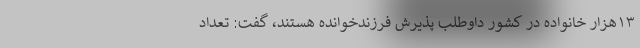
۱۳هزار خانواده در کشور داوطلب پذیرش فرزندخوانده هستند، گفت: تعداد